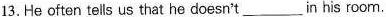
13.He often tells us that he doesn't ___ in his room.